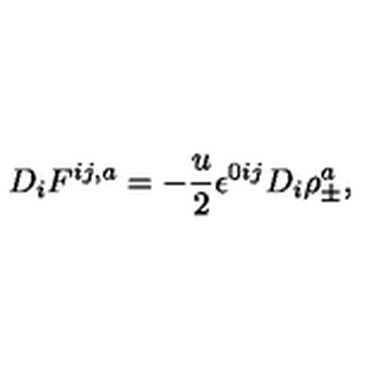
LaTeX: D _ { i } F ^ { i j , a } = - \frac { u } { 2 } \epsilon ^ { 0 i j } D _ { i } \rho _ { \pm } ^ { a } ,